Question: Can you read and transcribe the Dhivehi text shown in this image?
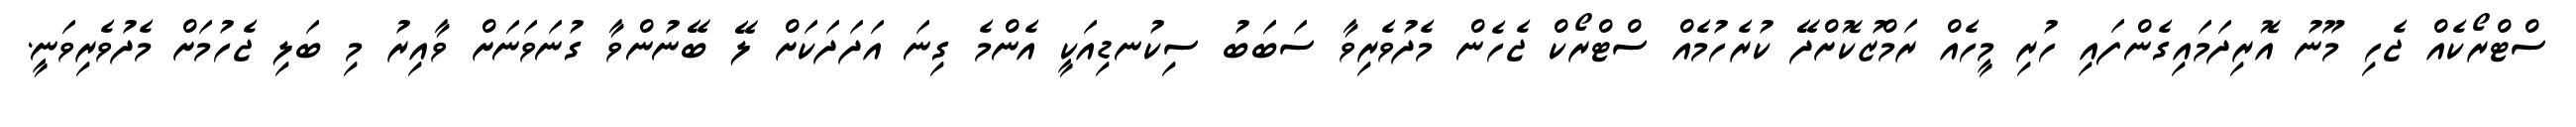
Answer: ސްޓްރޯކެއް ޖެހި މޫނު އޮރިދަމައިގެންފައި ހުރި މީހެއް ރަމްޒުކޮށްދޭ ކުރެހުމެއް ސްޓްރޯކް ޖެހެން މެދުވެރިވާ ސަބަބު ސިކުނޑިއަކީ އެންމެ ގިނަ އަދަދަކަށް ލޭ ބޭނުންވާ ގުނަވަނަށް ވާއިރު މި ބަލި ޖެހުމަށް މެދުވެރިވަނީ.